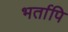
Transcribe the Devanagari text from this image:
भर्तापि